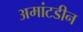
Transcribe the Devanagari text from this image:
अमांटडीन